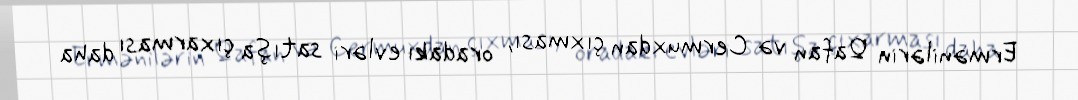
Ermənilərin Qafan və Cermuxdan çıxması, oradakı evləri satışa çıxarması daha